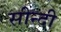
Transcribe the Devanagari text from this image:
सीन्दी